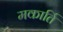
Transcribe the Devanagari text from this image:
मकार्ति